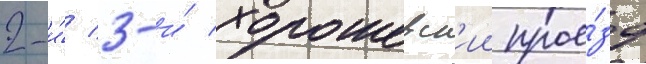
2-и́/ 3-и́ хорошевск'ии прое́зд